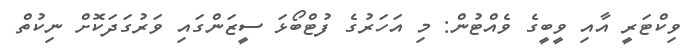
ވިކްޓަރީ އާއި ވީބީގެ ވެއްޓުން: މި އަހަރުގެ ފުޓްބޯޅަ ސީޒަންގައި ވަރުގަދަކޮށް ނިކުތް